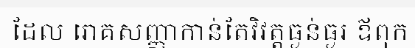
ដែល រោគសញ្ញាកាន់តែវិវត្តធ្ងន់ធ្ងរ ឪពុក